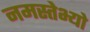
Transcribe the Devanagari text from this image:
नमस्तेभ्यो